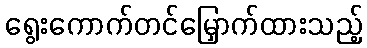
ရွေးကောက်တင်မြှောက်ထားသည့်